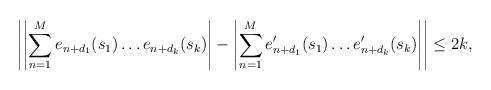
LaTeX: \begin{align*} \left|\left|\sum_{n=1}^M e_{n+d_1}(s_1)\dots e_{n+d_{k}}(s_k)\right|-\left|\sum_{n=1}^M e'_{n+d_1}(s_1)\dots e'_{n+d_{k}}(s_k)\right|\right|\leq 2k,\end{align*}